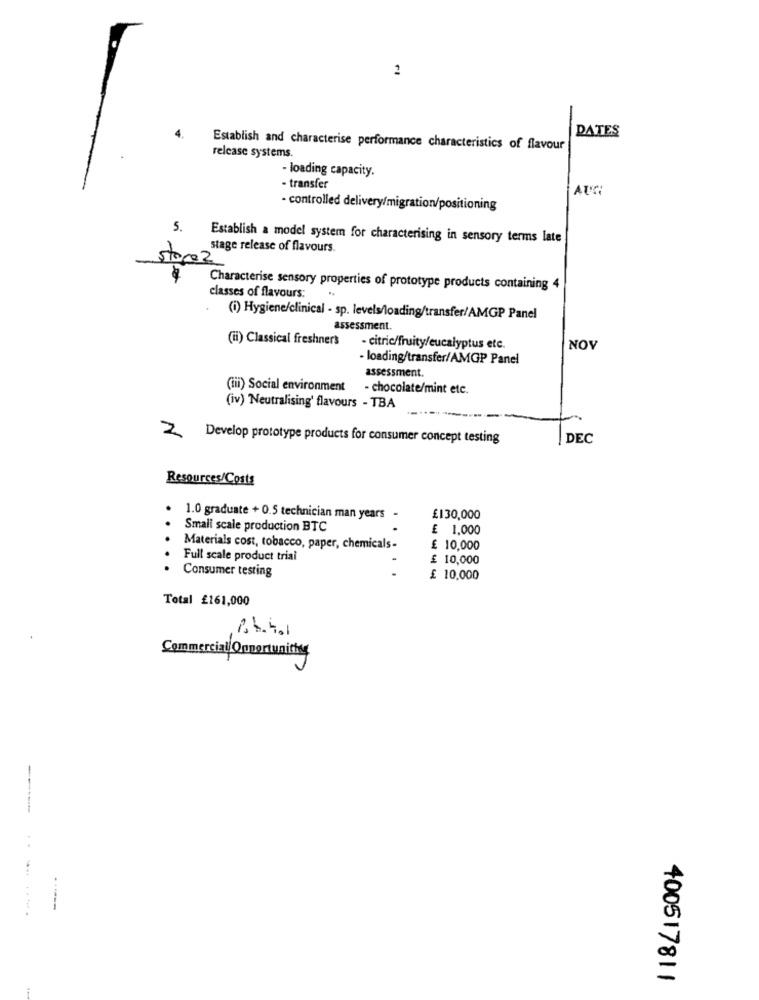
DATES
Establish and characterise performance characteristics of flavour
release systems.
- loading capacity.
- transfer
AUS:
- controlled delivery/migration/positioning
5.
Establish a model system for characterising in sensory terms late
stage release of flavours.
store 2
Characterise sensory properties of prototype products containing 4
classes of flavours:
(i) Hygiene/clinical - sp. levels/loading/transfer/AMGP Panel
assessment.
(ii) Classical freshners
- citric/fruity/eucalyptus etc.
NOV
- loading/transfer/AMGP Panel
assessment.
(iii) Social environment
- chocolate/mint etc.
(iv) Neutralising' flavours - TBA
-
2
Develop prototype products for consumer concept testing
DEC
Resources/Costs
1.0 graduate + 0.5 technician man years -
£130,000
Small scale production BTC
£ 1,000
Materials cost, tobacco, paper, chemicals-
£ 10,000
Full scale product trial
£ 10,000
. Consumer testing
£ 10,000
Total £161,000
Commercial Opportunities
.-----
400517811